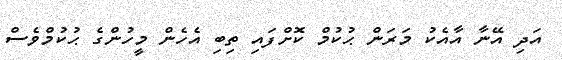
އަދި އޭނާ އާއެކު މަރަން ޙުކުމް ކޮށްފައި ތިބި އެހެން މީހުންގެ ޙުކުމްވެސް